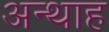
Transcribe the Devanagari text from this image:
अन्‍थाह